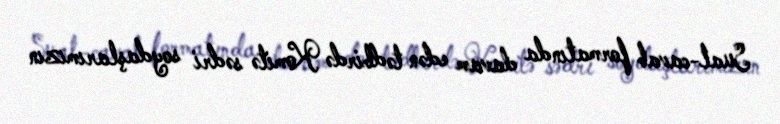
Sual-cavab formatında davam edən tədbirdə Komitə sədri soydaşlarımızın